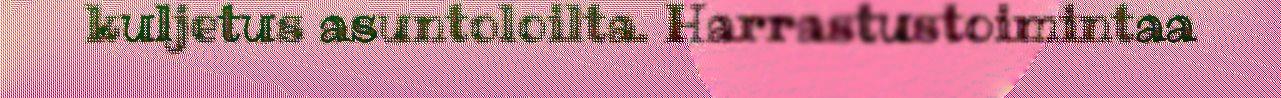
kuljetus asuntoloilta. Harrastustoimintaa